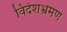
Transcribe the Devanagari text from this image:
विदेशभ्रमण